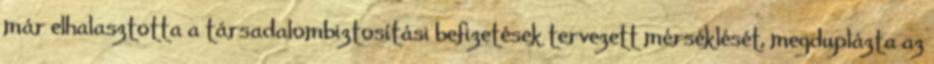
már elhalasztotta a társadalombiztosítási befizetések tervezett mérséklését, megduplázta az